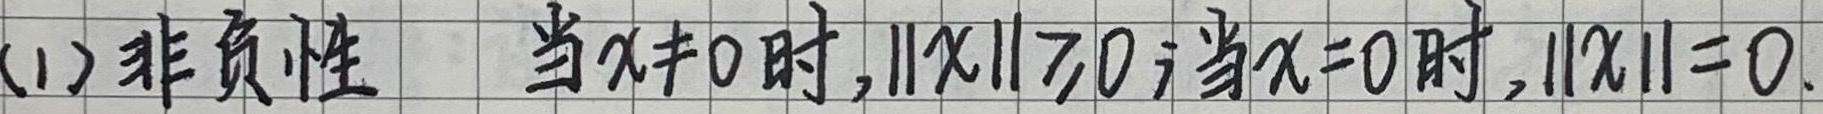
(1) 非负性 当$x\neq0$时,$||x||\geq0$; 当$x = 0$时,$||x|| = 0$.